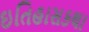
ઇતિહાસકથા